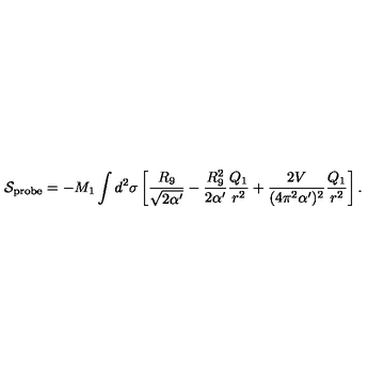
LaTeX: { \cal S } _ { \mathrm { p r o b e } } = - M _ { 1 } \int d ^ { 2 } \sigma \left[ \frac { R _ { 9 } } { \sqrt { 2 \alpha ^ { \prime } } } - \frac { R _ { 9 } ^ { 2 } } { 2 \alpha ^ { \prime } } \frac { Q _ { 1 } } { r ^ { 2 } } + \frac { 2 V } { ( 4 \pi ^ { 2 } \alpha ^ { \prime } ) ^ { 2 } } \frac { Q _ { 1 } } { r ^ { 2 } } \right] .